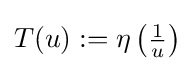
T(u):=\eta \left({\tfrac {1}{u}}\right)